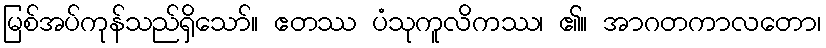
မြစ်အပ်ကုန်သည်ရှိသော်။ ဧတဿ ပံသုကူလိကဿ၊ ၏။ အာဂတကာလတော၊